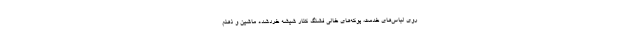
روی لباس‌های خدمت، پوکه‌های خالی فشنگ کنار شیشه خردشده ماشین و ذهنم